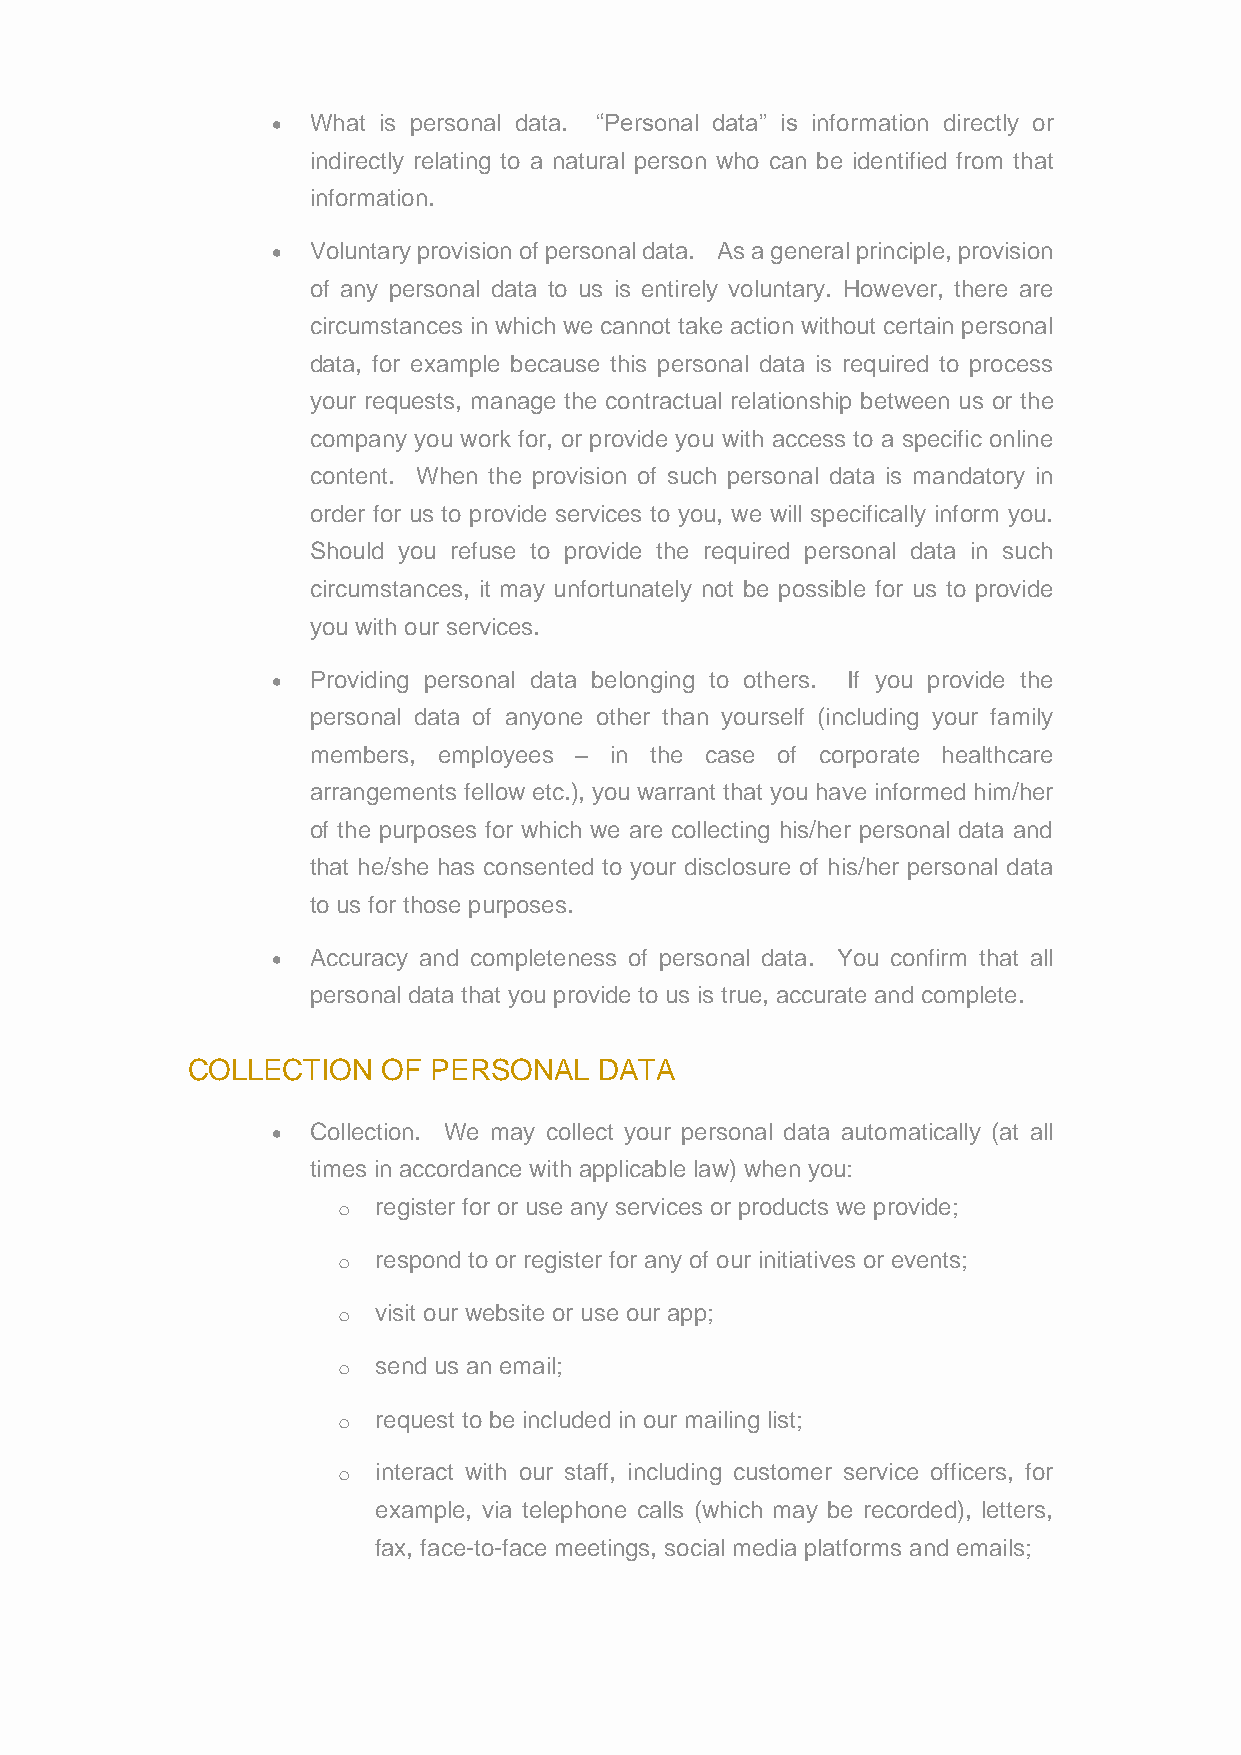
• What is personal data. “Personal data” is information directly or
 indirectly relating to a natural person who can be identified from that
 information.
 • Voluntary provision of personal data. As a general principle, provision
 of any personal data to us is entirely voluntary. However, there are
 circumstances in which we cannot take action without certain personal
 data, for example because this personal data is required to process
 your requests, manage the contractual relationship between us or the
 company you work for, or provide you with access to a specific online
 content. When the provision of such personal data is mandatory in
 order for us to provide services to you, we will specifically inform you.
 Should you refuse to provide the required personal data in such
 circumstances, it may unfortunately not be possible for us to provide
 you with our services.
 • Providing personal data belonging to others. If you provide the
 personal data of anyone other than yourself (including your family
 members, employees – in the case of corporate healthcare
 arrangements fellow etc.), you warrant that you have informed him/her
 of the purposes for which we are collecting his/her personal data and
 that he/she has consented to your disclosure of his/her personal data
 to us for those purposes.
 • Accuracy and completeness of personal data. You confirm that all
 personal data that you provide to us is true, accurate and complete.
 COLLECTION   OF  PERSONAL   DATA
 • Collection. We may collect your personal data automatically (at all
 times in accordance with applicable law) when you:
 o  register for or use any services or products we provide;
 o  respond to or register for any of our initiatives or events;
 o  visit our website or use our app;
 o  send us an email;
 o  request to be included in our mailing list;
 o  interact with our staff, including customer service officers, for
 example, via telephone calls (which may be recorded), letters,
 fax, face-to-face meetings, social media platforms and emails;